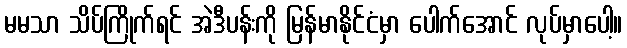
မမသာ သိပ်ကြိုက်ရင် အဲဒီပန်းကို မြန်မာနိုင်ငံမှာ ပေါက်အောင် လုပ်မှာပေါ့။